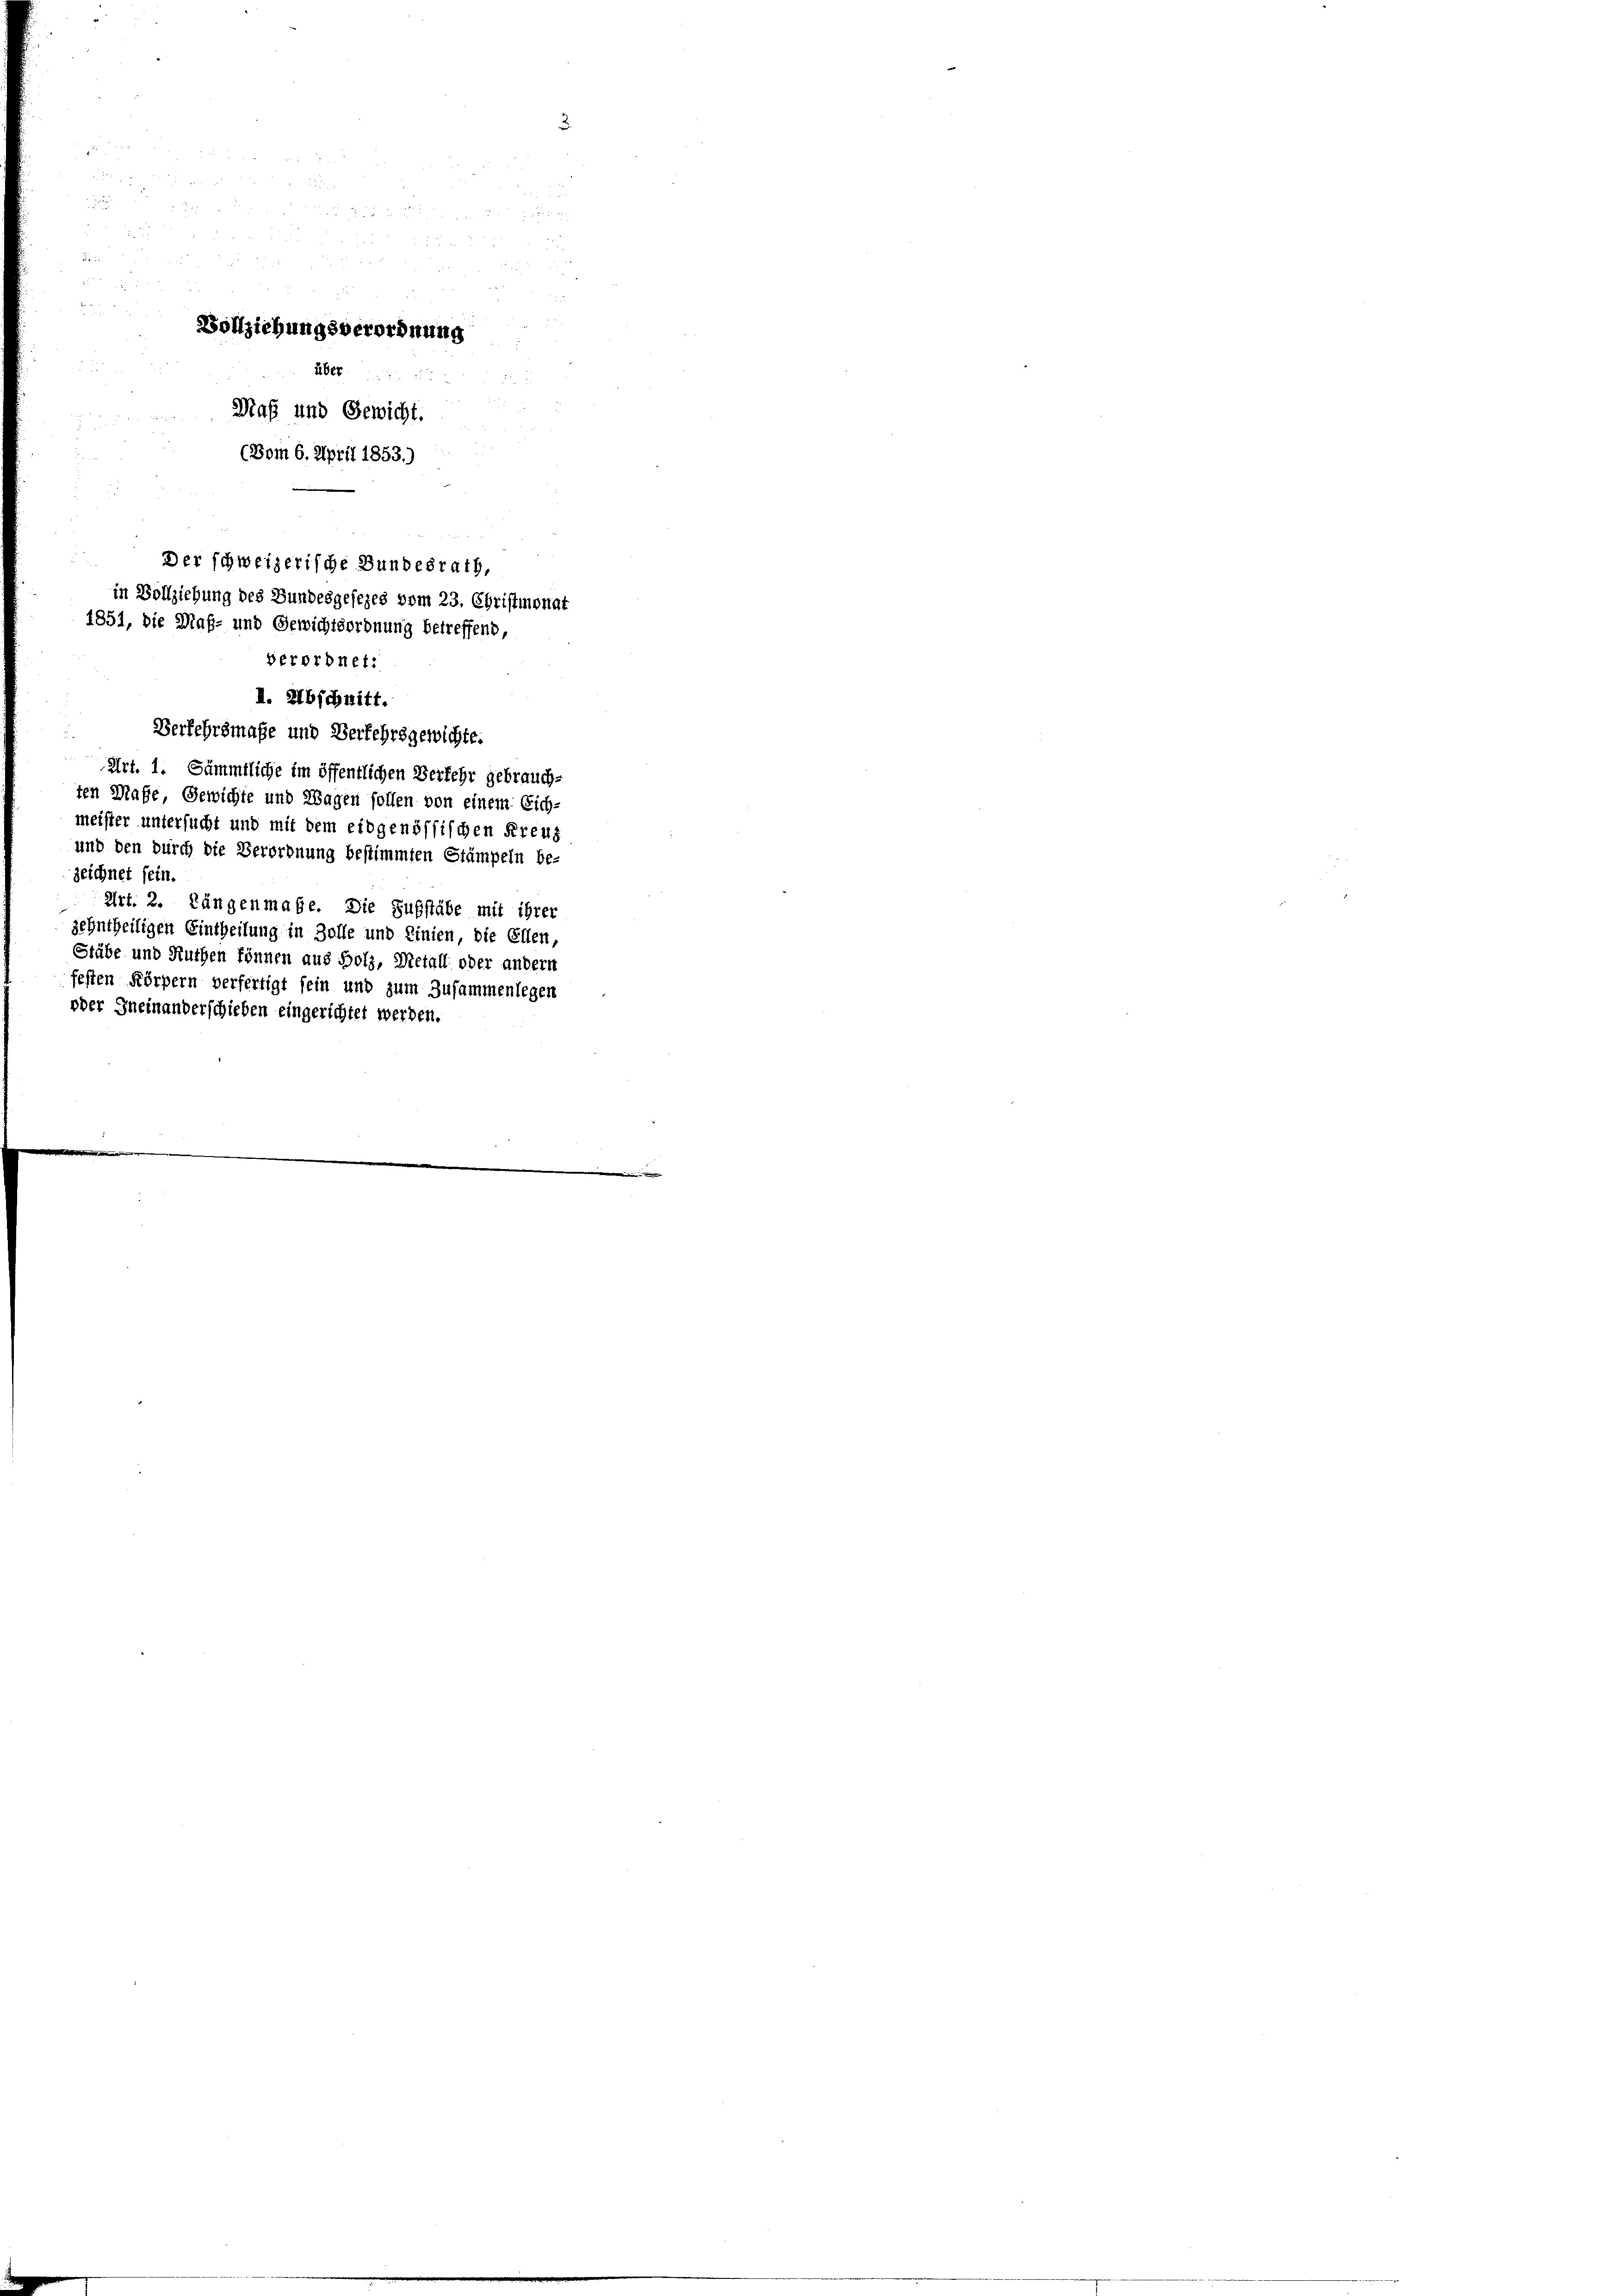
3.

 xx
i
5
u
u
Vollziehungsverordnung
über
Maß und Gewicht.
(Vom 6. April 1853.)

Der schweizerische Bundesrath,
in Vollziehung des Bundesgesezes vom 23. Christmonat
1851, die Maß- und Gewichtsordnung betreffend,
verordnet:

I. Abschnitt.
Verkehrsmaße und Verfehrsgewichte.
Art. 1. Sämmtliche im öffentlichen Verkehr gebrauch¬

ten Maße, Gewichte und Wagen sollen von einem Eich-
meister untersucht und mit dem eidgenössischen Kreuz
und den durch die Verordnung bestimmten Stämpeln be-
zeichnet sein.
Art. 2. Längenmahe. Die Substabe mit ihrer
zehntheiligen Eintheilung in Zolle und Linien, die Ellen,
Stäbe und Ruthen können aus Bolz, Metall oder andern
festen Körpern verfertigt sein und zum Zusammenlegen
oder Ineinanderschieben eingerichtet werden.